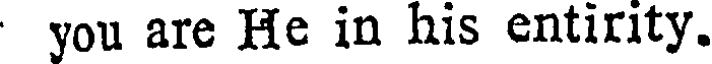
you are He in his entirity.